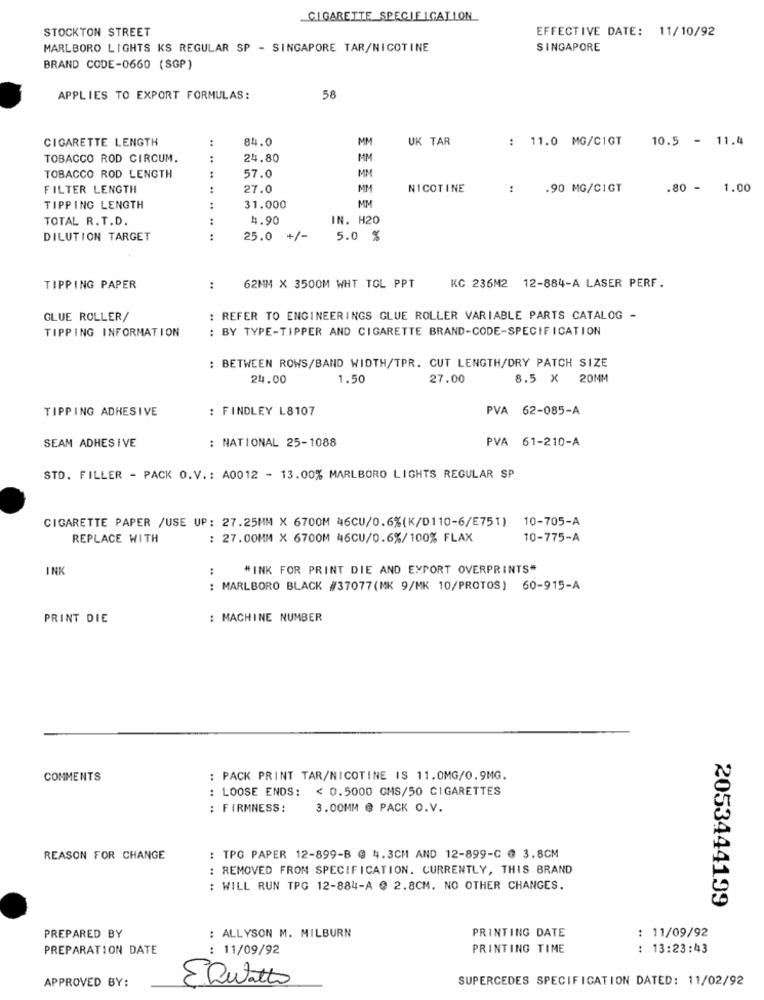
CIGARETTE SPECIFICATION
STOCKTON STREET
EFFECTIVE DATE: 11/10/92
MARLBORO LIGHTS KS REGULAR SP - SINGAPORE TAR/NICOTINE
SINGAPORE
BRAND CODE-0660 (SGP)
58
APPLIES TO EXPORT FORMULAS:
CIGARETTE LENGTH
:
84.0
MM
UK TAR
: 11.0 MG/CIGT
10.5 - 11.4
TOBACCO ROD CIRCUM.
:
24.80
MM
TOBACCO ROD LENGTH
:
57.0
MM
FILTER LENGTH
:
27.0
MM
NICOTINE
:
.90 MG/CIGT
.80 - 1.00
MM
TIPPING LENGTH
:
31.000
TOTAL R. T.D.
:
4.90
IN. H20
DILUTION TARGET
..
25.0
+/-
5.0 %
TIPPING PAPER
:
62MM X 3500M WHT TOL PPT
KC 236M2 12-884-A LASER PERF.
GLUE ROLLER/
: REFER TO ENGINEERINGS GLUE ROLLER VARIABLE PARTS CATALOG -
TIPPING INFORMATION
: BY TYPE-TIPPER AND CIGARETTE BRAND-CODE-SPECIFICATION
: BETWEEN ROWS/BAND WIDTH/TPR. CUT LENGTH/DRY PATCH SIZE
24.00
1.50
27.00
8.5 X 20MM
TIPPING ADHESIVE
FINDLEY L8107
PVA 62-085-A
SEAM ADHESIVE
: NATIONAL 25-1088
PVA 61-210-A
STD. FILLER - PACK O.V .: A0012 - 13.00% MARLBORO LIGHTS REGULAR SP
CIGARETTE PAPER /USE UP: 27.25MM X 6700M 46CU/0.6%(K/D110-6/E751) 10-705-A
REPLACE WITH
: 27.00MM X 6700M 46CU/0.6%/100% FLAX
10-775-A
INK
:
"INK FOR PRINT DIE AND EXPORT OVERPRINTS"
: MARLBORO BLACK #37077 (MK 9/MK 10/PROTOS) 60-915-A
PRINT DIE
: MACHINE NUMBER
COMMENTS
: PACK PRINT TAR/NICOTINE IS 11.0MG/0.9MG.
: LOOSE ENDS: < 0.5000 GMS/50 CIGARETTES
: FIRMNESS:
3.00MM @ PACK O.V.
REASON FOR CHANGE
: TPG PAPER 12-899-B @ 4.3CM AND 12-899-C @ 3.8CM
: REMOVED FROM SPECIFICATION. CURRENTLY, THIS BRAND
: WILL RUN TPG 12-884-A @ 2.8CM. NO OTHER CHANGES.
2053444199
: 11/09/92
PREPARED BY
: ALLYSON M. MILBURN
PRINTING DATE
PREPARATION DATE
: 11/09/92
PRINTING TIME
: 13:23:43
APPROVED BY:
SUPERCEDES SPECIFICATION DATED: 11/02/92
EDwatto